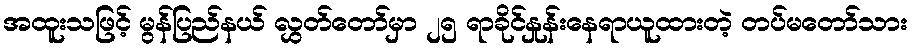
အထူးသဖြင့် မွန်ပြည်နယ် လွှတ်တော်မှာ ၂၅ ရာခိုင်နှုန်းနေရာယူထားတဲ့ တပ်မတော်သား